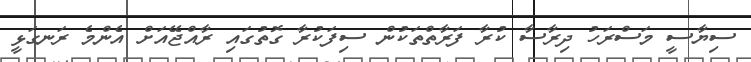
ސިޔާސީ މަސްރަހު ދިރާސާ ކުރާ ފަރާތްތަކުން ސިފަކުރާ ގޮތުގައި ރާއްޖޭއަށް އެންމެ ރަނގަޅީ